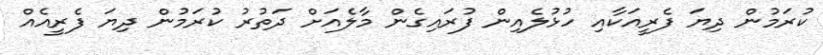
ކުރަމުން ދިޔަ ފެރީއަކާއި ހުޅުލެއިން ފުރައިގެން މާލެއަށް ދަތުރު ކުރަމުން ދިޔަ ފެރީއެއް